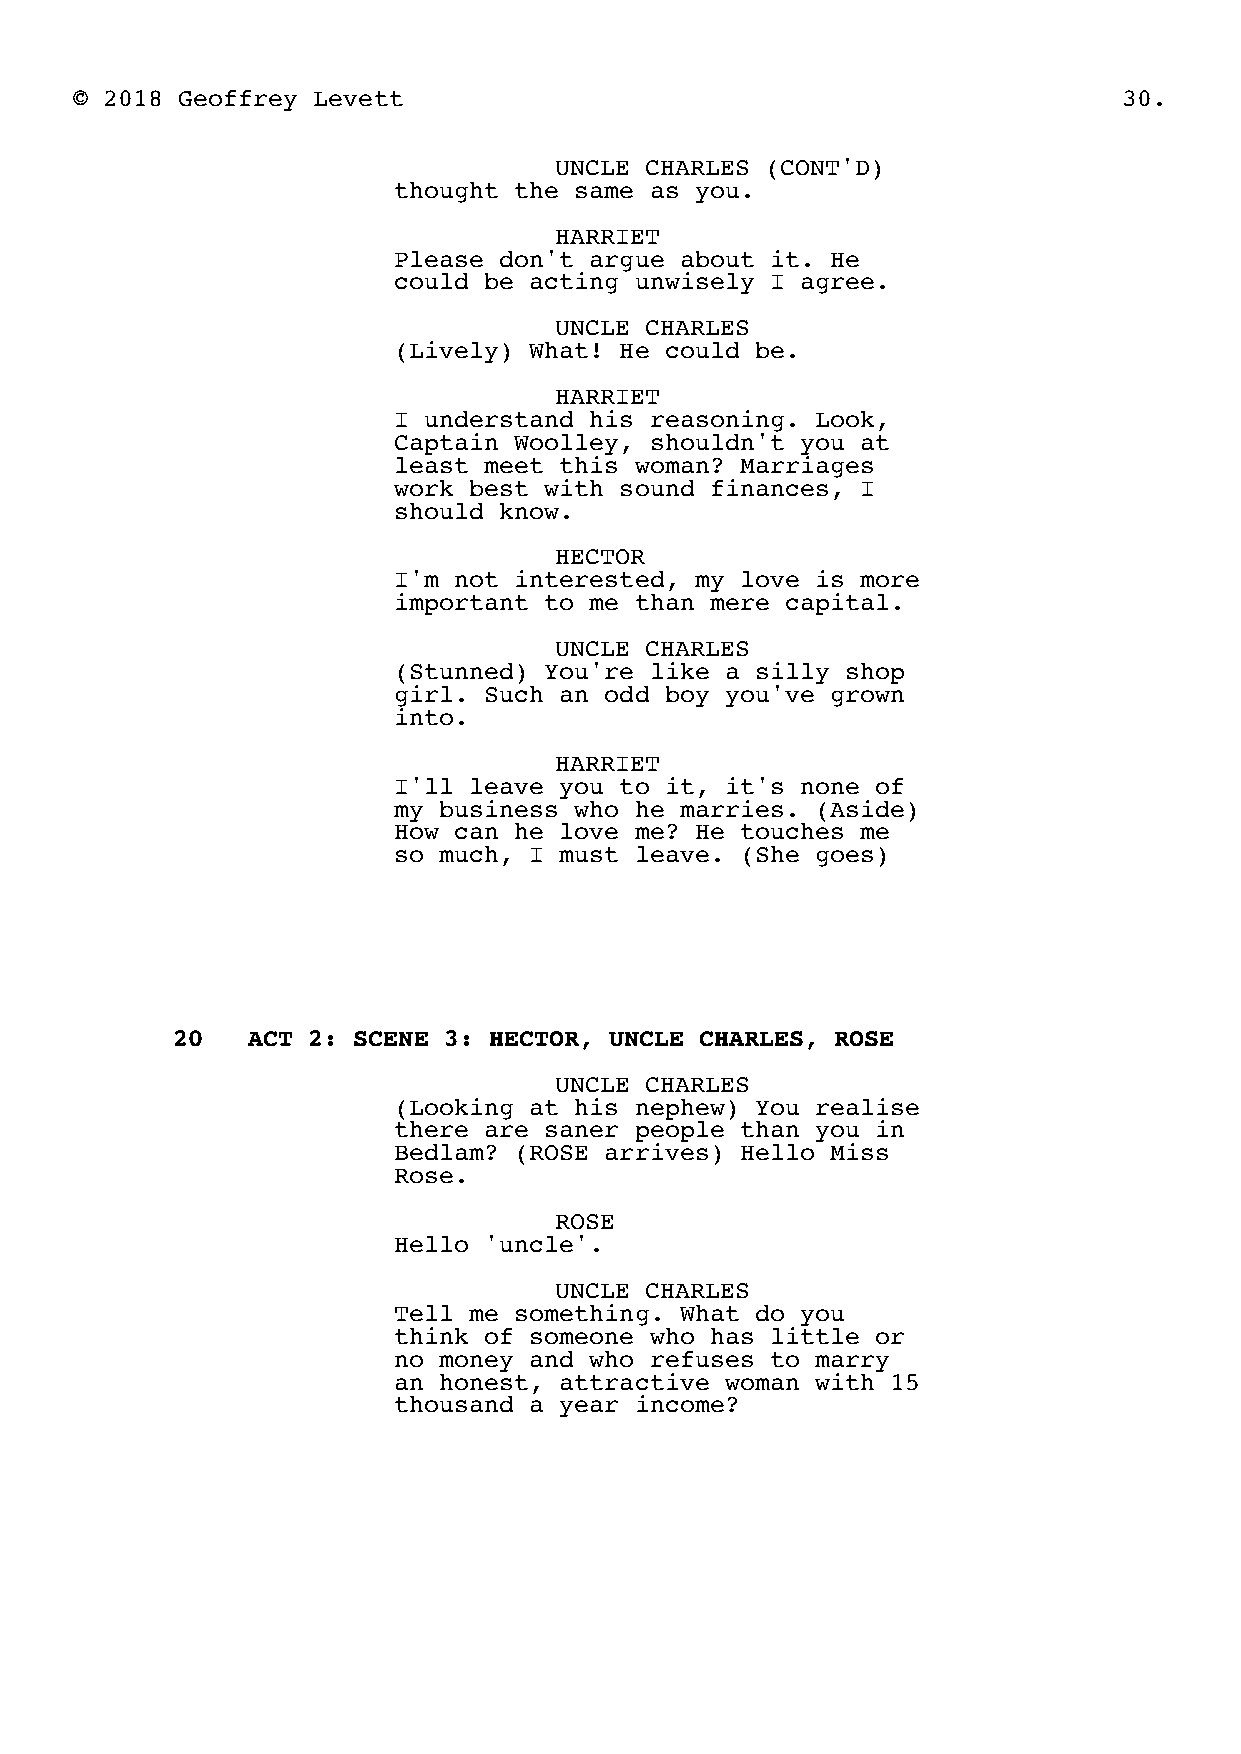
© 2018 Geoffrey Levett                                               30.
 UNCLE CHARLES (CONT'D)
 thought the same as you.
 HARRIET
 Please don't argue about it. He
 could be acting unwisely I agree.
 UNCLE CHARLES
 (Lively) What! He could be.
 HARRIET
 I understand his reasoning. Look,
 Captain Woolley, shouldn't you at
 least meet this woman? Marriages
 work best with sound finances, I
 should know.
 HECTOR
 I'm not interested, my love is more
 important to me than mere capital.
 UNCLE CHARLES
 (Stunned) You're like a silly shop
 girl. Such an odd boy you've grown
 into.
 HARRIET
 I'll leave you to it, it's none of
 my business who he marries. (Aside)
 How can he love me? He touches me
 so much, I must leave. (She goes)
 20   ACT 2: SCENE 3: HECTOR, UNCLE CHARLES, ROSE
 UNCLE CHARLES
 (Looking at his nephew) You realise
 there are saner people than you in
 Bedlam? (ROSE arrives) Hello Miss
 Rose.
 ROSE
 Hello 'uncle'.
 UNCLE CHARLES
 Tell me something. What do you
 think of someone who has little or
 no money and who refuses to marry
 an honest, attractive woman with 15
 thousand a year income?